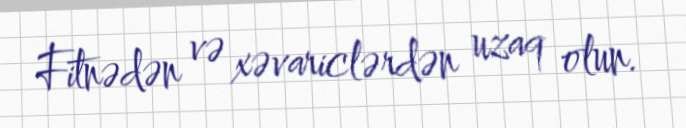
Fitnədən və xəvariclərdən uzaq olun.